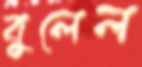
বুলেল